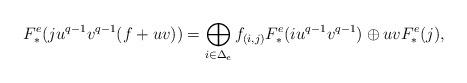
LaTeX: \begin{align*} F_*^e( ju^{q-1}v^{q-1}(f+uv))= \bigoplus_{i\in\Delta_e}f_{(i,j)}F_*^e(iu^{q-1}v^{q-1}) \oplus uv F_*^e(j) ,\end{align*}